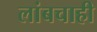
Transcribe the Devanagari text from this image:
लांबचाही